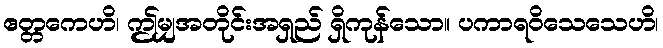
ဧတ္တကေဟိ၊ ဤမျှအတိုင်းအရှည် ရှိကုန်သော။ ပကာရဝိသေသေဟိ၊